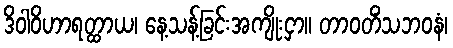
ဒိဝါဝိဟာရတ္ထာယ၊ နေ့သန့်ခြင်းအကျိုးငှာ။ တာဝတိံသဘဝနံ၊